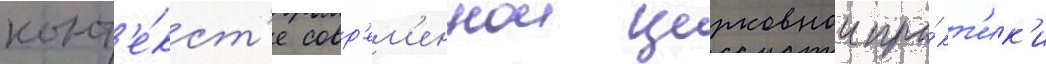
конт'е́кст'е совр'ем'еннои церковнои пра́кт'ик'и